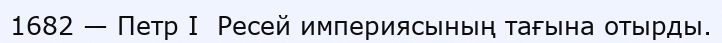
1682 — Петр І  Ресей империясының тағына отырды.